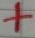
Text: +